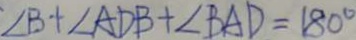
\angle B + \angle A D B + \angle B A D = 1 8 0 ^ { \circ }